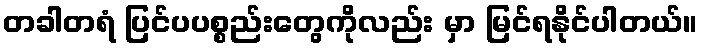
တခါတရံ ပြင်ပပစ္စည်းတွေကိုလည်း မှာ မြင်ရနိုင်ပါတယ်။